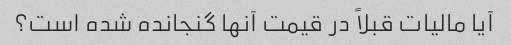
آیا مالیات قبلاً در قیمت آنها گنجانده شده است؟